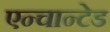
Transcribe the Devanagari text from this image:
एन्चान्टेड